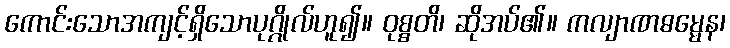
ကောင်းသောအကျင့်ရှိသောပုဂ္ဂိုလ်ဟူ၍။ ဝုစ္စတိ၊ ဆိုအပ်၏။ ကလျာဏဓမ္မေန၊